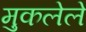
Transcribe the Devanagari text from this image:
मुकलेले